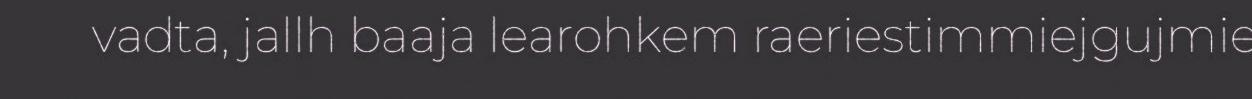
vadta, jallh baaja learohkem raeriestimmiejgujmie